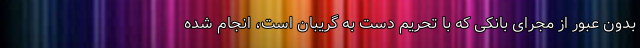
بدون عبور از مجرای بانکی که با تحریم دست به گریبان است، انجام شده